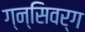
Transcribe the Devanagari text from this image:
ग्न्सिवर्ग